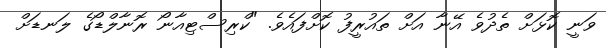
ވަނީ ކޮޅަށް ތެދުވެ އޭނާ އަށް ތައުރީފު ކޮށްފައެވެ. "ކްރިސްޓިއާނޯ ރޮނާލްޑޯގެ ލަނޑަށް